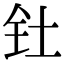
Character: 钍